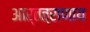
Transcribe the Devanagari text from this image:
आर्तत्राणाय